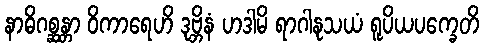
နာဓိဂစ္ဆန္တာ ဝိကာရေဟိ ဒုဗ္ဘိနံ ဟဒါမိ ရာဂါနုသယံ ရူပိယပက္ခေတိ